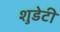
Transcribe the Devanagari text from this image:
शुडेटी